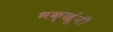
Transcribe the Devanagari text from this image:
भक्खूंनी